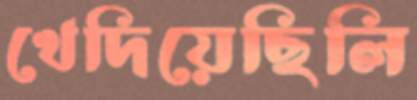
খেদিয়েছিলি